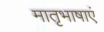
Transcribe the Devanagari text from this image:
मातृभाषाएं